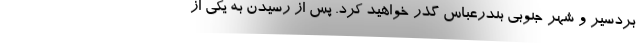
بردسیر و شهر جنوبی بندرعباس گذر خواهید کرد. پس از رسیدن به یکی از